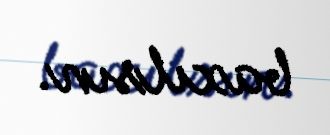
baxılsın.